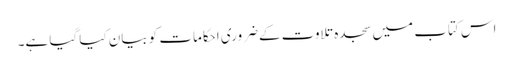
اس کتاب میں سجدہ تلاوت کےضروری احکامات کو بیان کیا گیا ہے۔